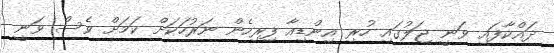
ދައްކާފައި ވަނީ ޖަލުގައި ހުރި އިންޑިއާ ފިރިހެން ނަރުހަކަށް ކަމަށް ވެސް ވަނީ